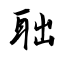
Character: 聉